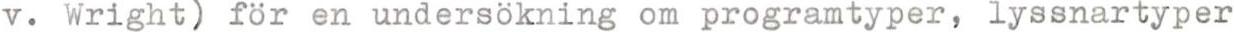
v. Wright) för en undersökning om programtyper, lyssnartyper